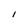
Character: I